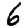
Digit: 6